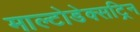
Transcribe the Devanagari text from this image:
माल्टोडेक्सट्रिन